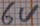
Text: 6V